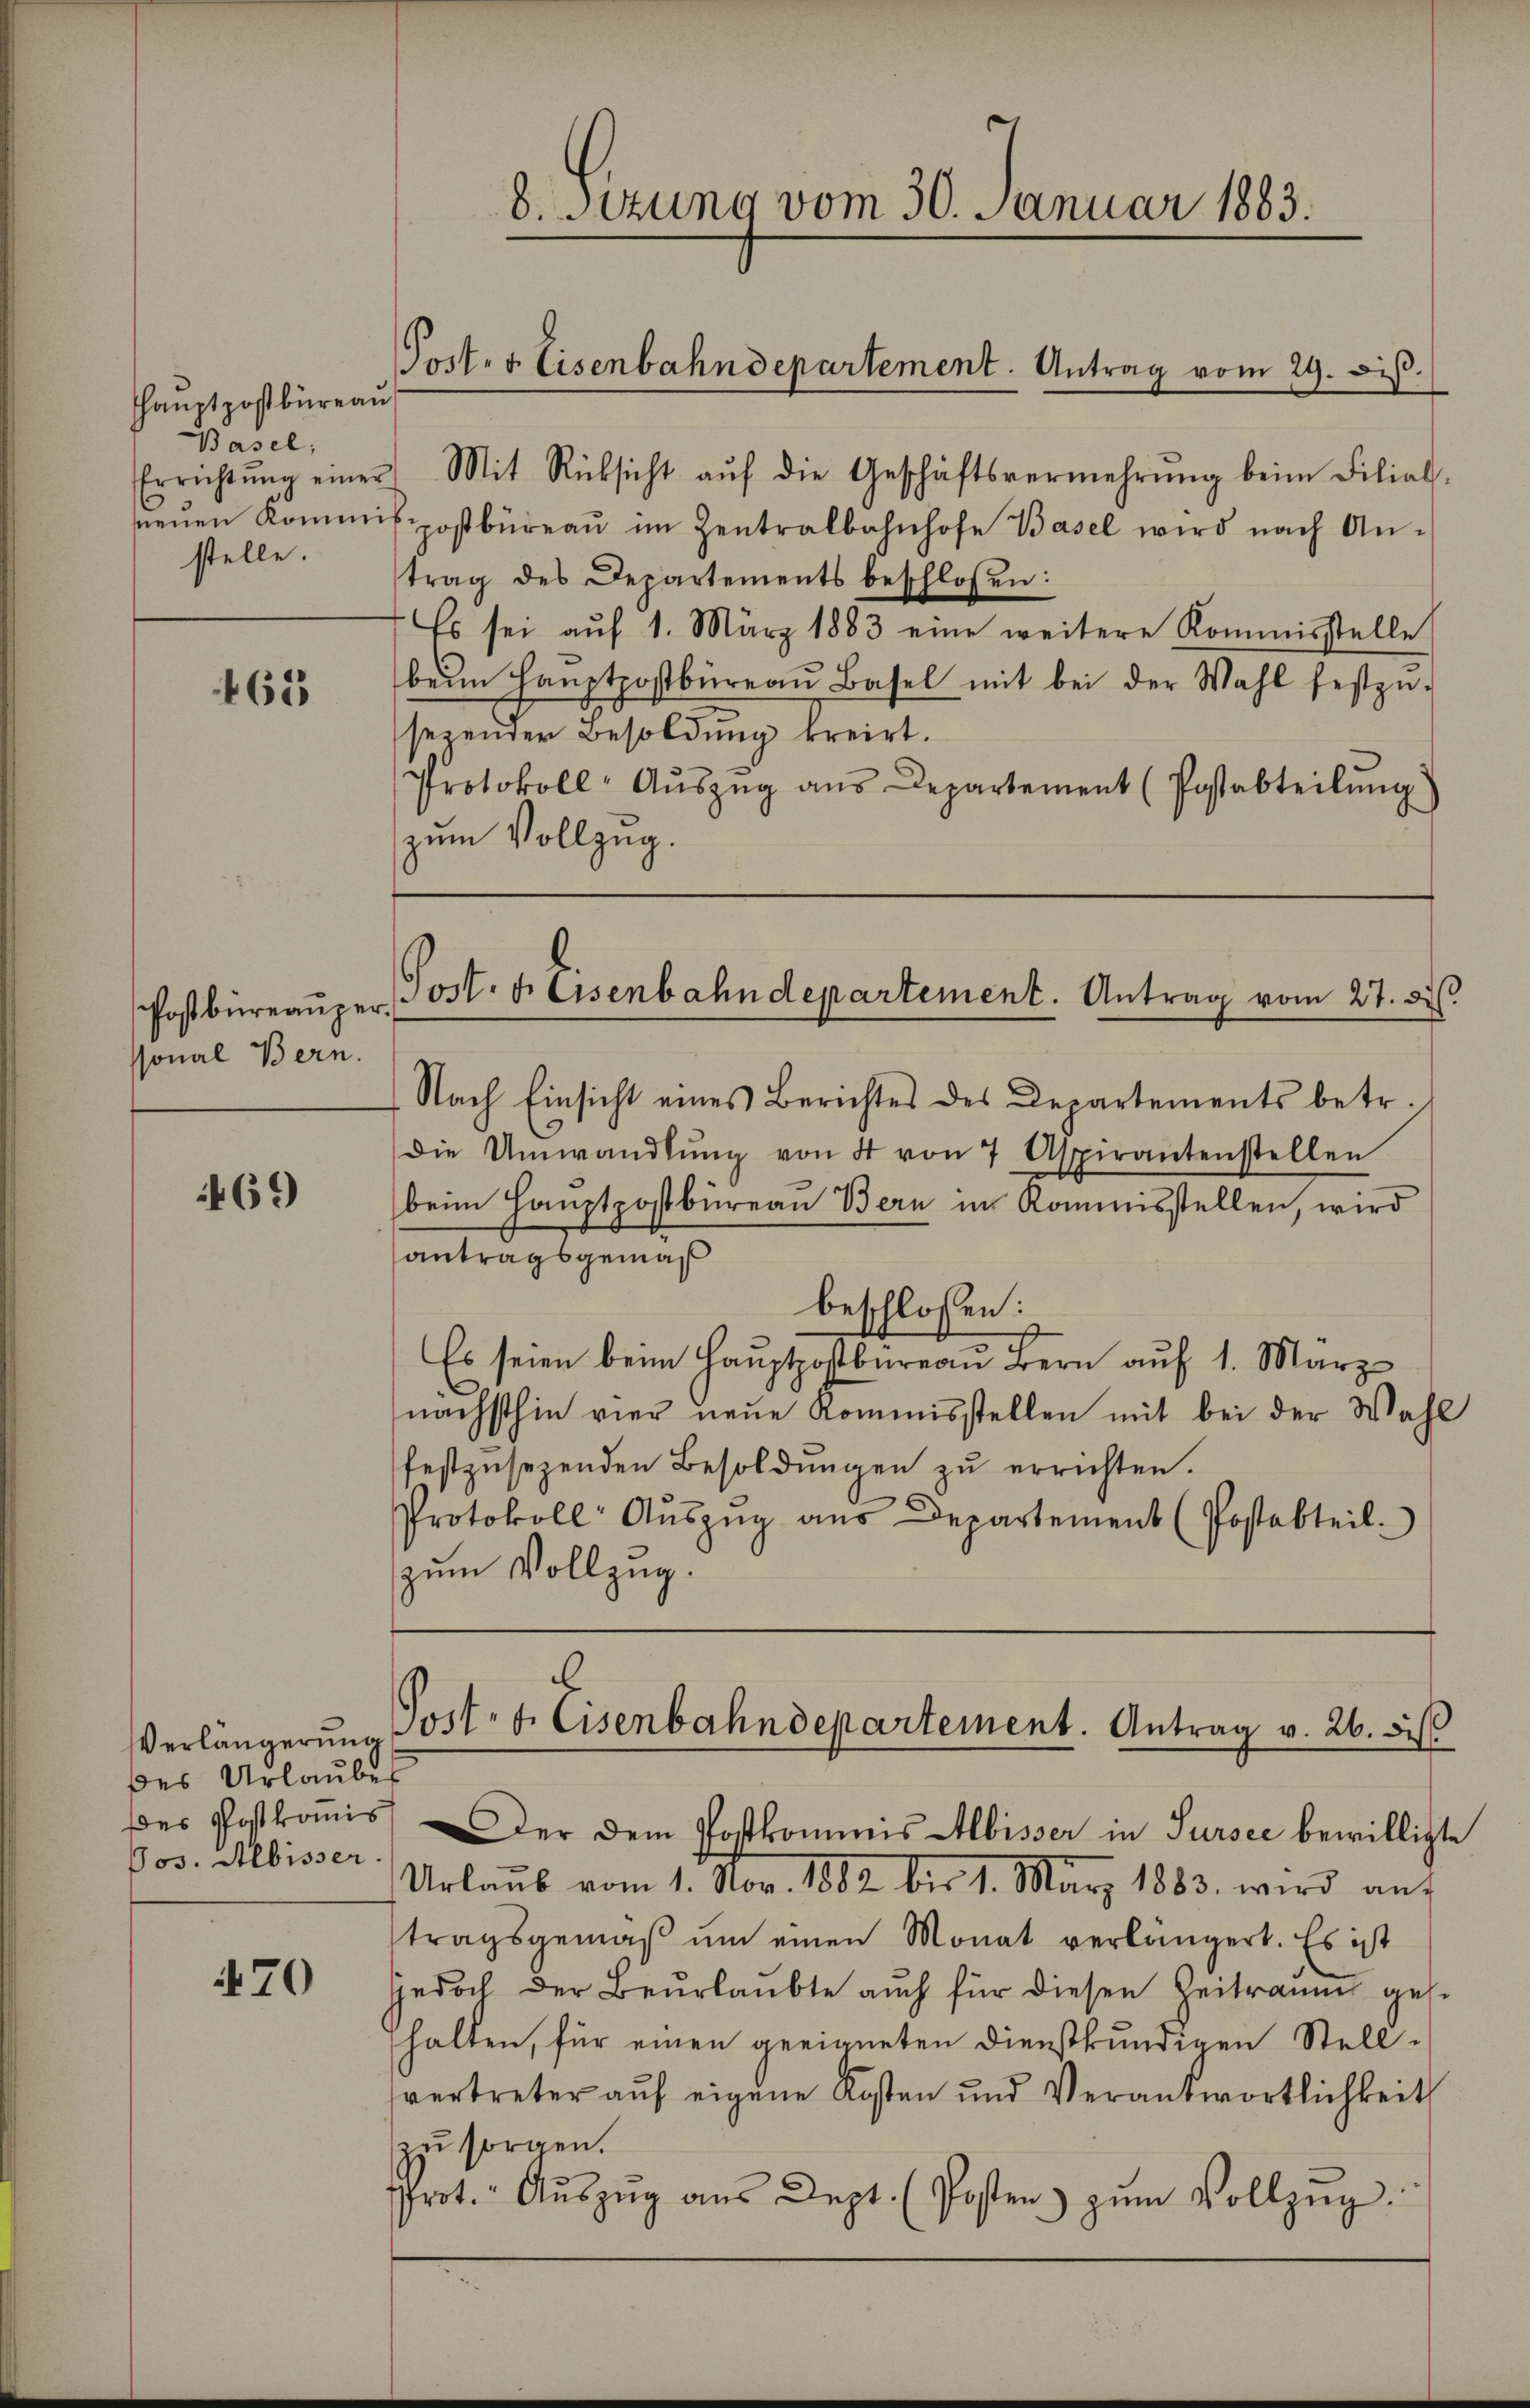
Hhauptpostbüreau
Basel,
stelle.

463

Postbüreauper
ssonal Bern.

469

Verlängerung
des Urlaubes
Des Postkomis
Jos. Albisser

470

8. Sitzung vom 30. Januar 1883.
Port. 5 Eisenbahndepartement. Antrag vom 29. diβ.

Errichtŭng einer Mit Rücksicht aŭf die Geschäftsvermehrŭng beim Filiat-
neŭen Kommispostbüreaŭ im Zentralbahnhofe Basel wird nach An-
trag des Departements beschlossen:
Es sei auf 1. März 1883 eine weitere Kommisstelle
beim Haŭptpostbüreaŭ Basel mit bei der Wahl festzŭ-
sezender Besoldung kreirt.
Protokoll- Aŭszŭg aŭs Departement (Postabteilŭng
zum Vollzug.

Die Umwandlŭng von 4 von 7 Aspirantenstellen
beim Hauptpostbureau Bern in Kommisstellen, wird
antragsgemäß
beschlossen:
Es seien beim Hauptpostbureau Bern auf 1. März
nächsthin vier neue Kommisstellen mit bei der Wahl
festzŭsezenden Besoldŭngen zŭ errichten.
Protokoll Aŭszŭg aŭs Departement (Postabteil.
zum Vollzug.

Post. f. Eisenbahndepartement. Antrag vom 27. d.
Nach Einsicht eines Berichtes des Departements betr.

u
Joct. f. Eisenbahndepartement. Antrag v. 26. bis

Der dem Postkommis Albisser in Sursee bewilligte
Urlaŭb vom 1. Nov. 1882 bis 1. März 1883 wird aŭf
tragsgemäβ ŭm einen Monat verlängert. Es ist
Jedoch der Beurlaubte auch für diesen Zeitraum geshalten, für einen geeigneten Dienstkundigen Stellsvertreter auf eigene Kosten und Verantwortlichkeit
u sorgen.
Prot. Aŭszŭg aŭs Dept. (Posten zŭm Vollzug.